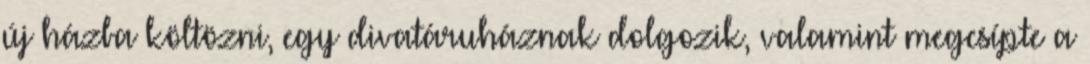
új házba költözni, egy divatáruháznak dolgozik, valamint megcsípte a